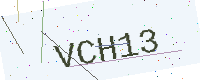
Text: VCH13